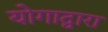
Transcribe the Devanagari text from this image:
योगाद्वारा